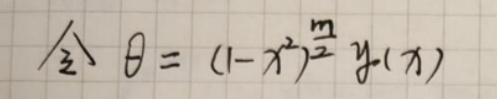
令$  \theta=(1 - x^{2})^{\frac{m}{2}}y(x)$